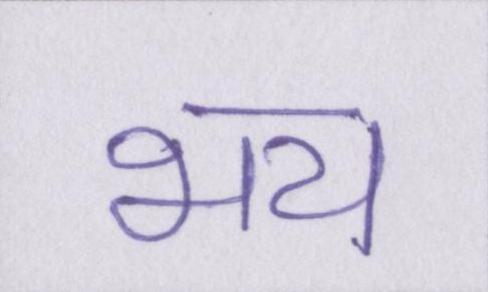
भय